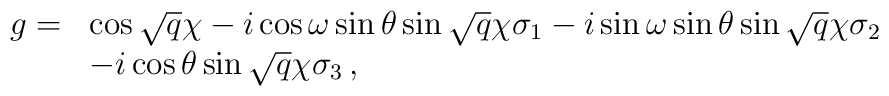
\begin{array}{ll}g = &  \cos \sqrt{q} \chi - i \cos \omega \sin \theta \sin \sqrt{q}\chi  \sigma_1 - i \sin \omega \sin \theta \sin \sqrt{q} \chi\sigma_2\\ & -i \cos \theta \sin \sqrt{q} \chi \sigma_3 \,, \end{array}